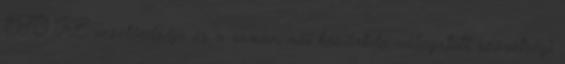
ETO KC vezetőedzője és a román női kézilabda-válogatott szövetségi